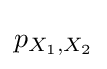
p_{X_{1},X_{2}}